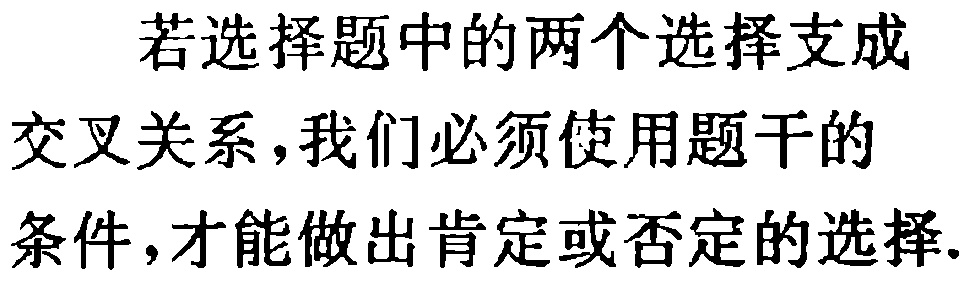
若选择题中的两个选择支成交叉关系,我们必须使用题干的条件,才能做出肯定或否定的选择.